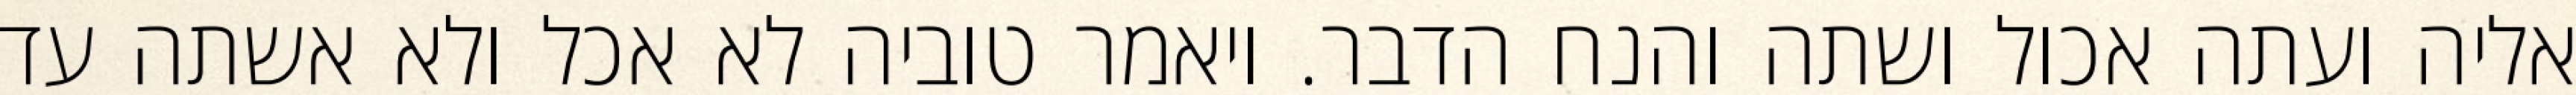
אליה ועתה אכול ושתה והנח הדבר. ויאמר טוביה לא אכל ולא אשתה עד